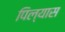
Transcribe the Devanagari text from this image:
पिल्यास